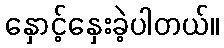
နှောင့်နှေးခဲ့ပါတယ်။